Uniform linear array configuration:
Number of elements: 8
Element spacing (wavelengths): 0.5
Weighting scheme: exponential
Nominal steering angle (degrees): -60
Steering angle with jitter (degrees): -59.398
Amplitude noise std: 0.05
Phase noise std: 0.05

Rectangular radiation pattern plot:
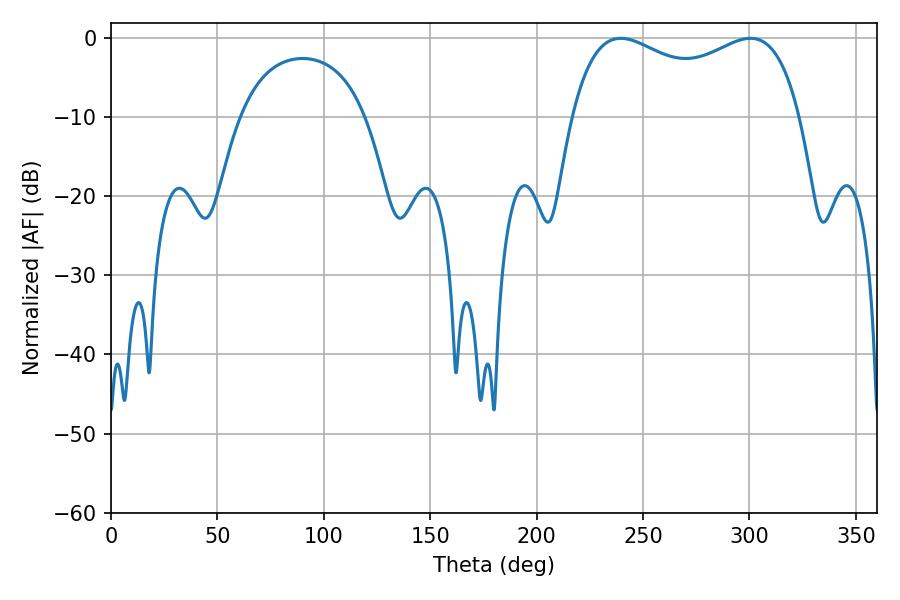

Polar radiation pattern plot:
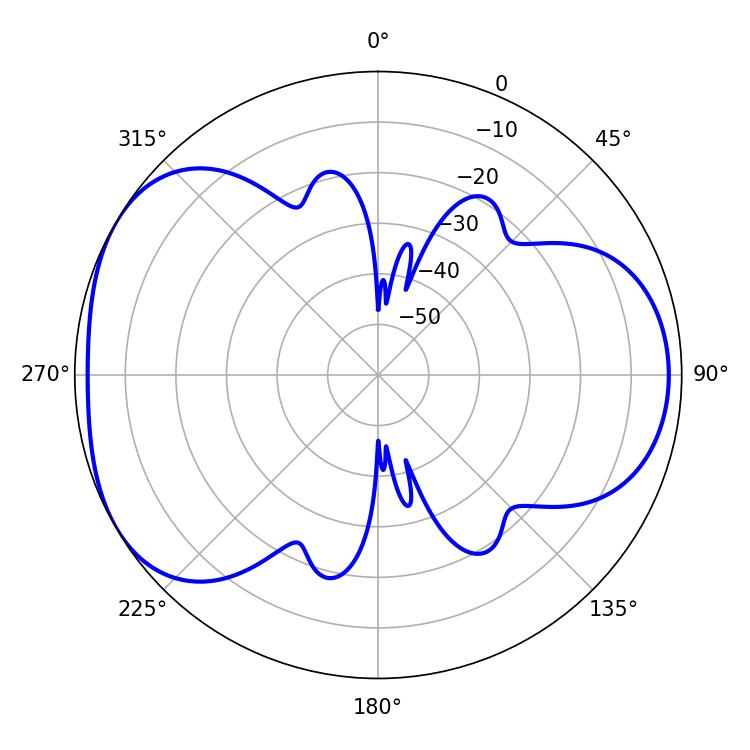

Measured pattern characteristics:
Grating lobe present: FALSE
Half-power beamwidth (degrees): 88.92
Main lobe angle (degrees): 239.58